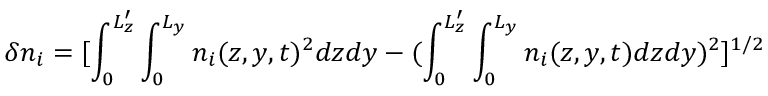
\delta n _ { i } = [ \int _ { 0 } ^ { L _ { z } ^ { \prime } } \int _ { 0 } ^ { L _ { y } } n _ { i } ( z , y , t ) ^ { 2 } d z d y - ( \int _ { 0 } ^ { L _ { z } ^ { \prime } } \int _ { 0 } ^ { L _ { y } } n _ { i } ( z , y , t ) d z d y ) ^ { 2 } ] ^ { 1 / 2 }